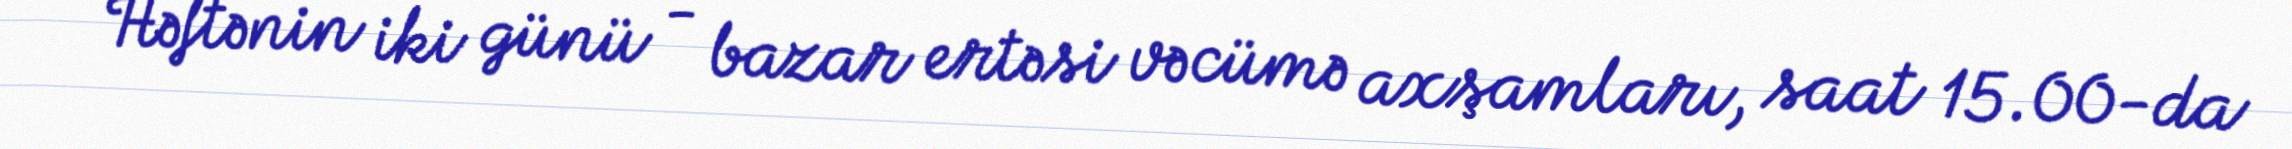
Həftənin iki günü - bazar ertəsi və cümə axşamları, saat 15.00-da